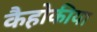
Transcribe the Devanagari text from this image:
कैहोकीया